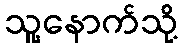
သူ့နောက်သို့